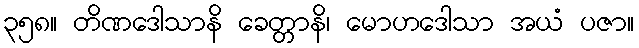
၃၅၈။ တိဏဒေါသာနိ ခေတ္တာနိ၊ မောဟဒေါသာ အယံ ပဇာ။